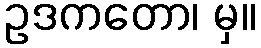
ဥဒကတော၊ မှ။